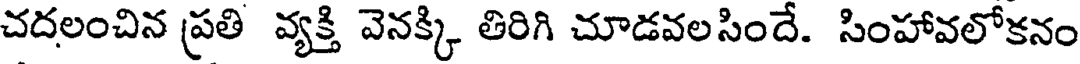
చదలంచిన ప్రతి వ్యక్తి వెనక్కి తిరిగి చూడవలసిందే. సింహావలోకనం